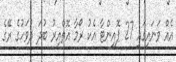
އެއް ވަނައިގައި 27 ޕޮއިންޓާ އެކު ރޯމާ އޮތްއިރު ބުދަ ދުވަހުގެ ރޭގެ